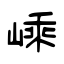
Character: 嵊